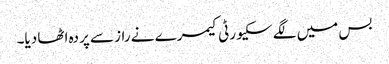
بس میں لگے سکیورٹی کیمرے نے راز سے پردہ اٹھا دیا۔